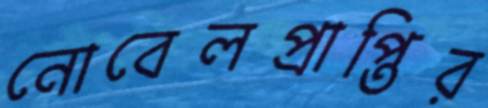
নোবেলপ্রাপ্তির